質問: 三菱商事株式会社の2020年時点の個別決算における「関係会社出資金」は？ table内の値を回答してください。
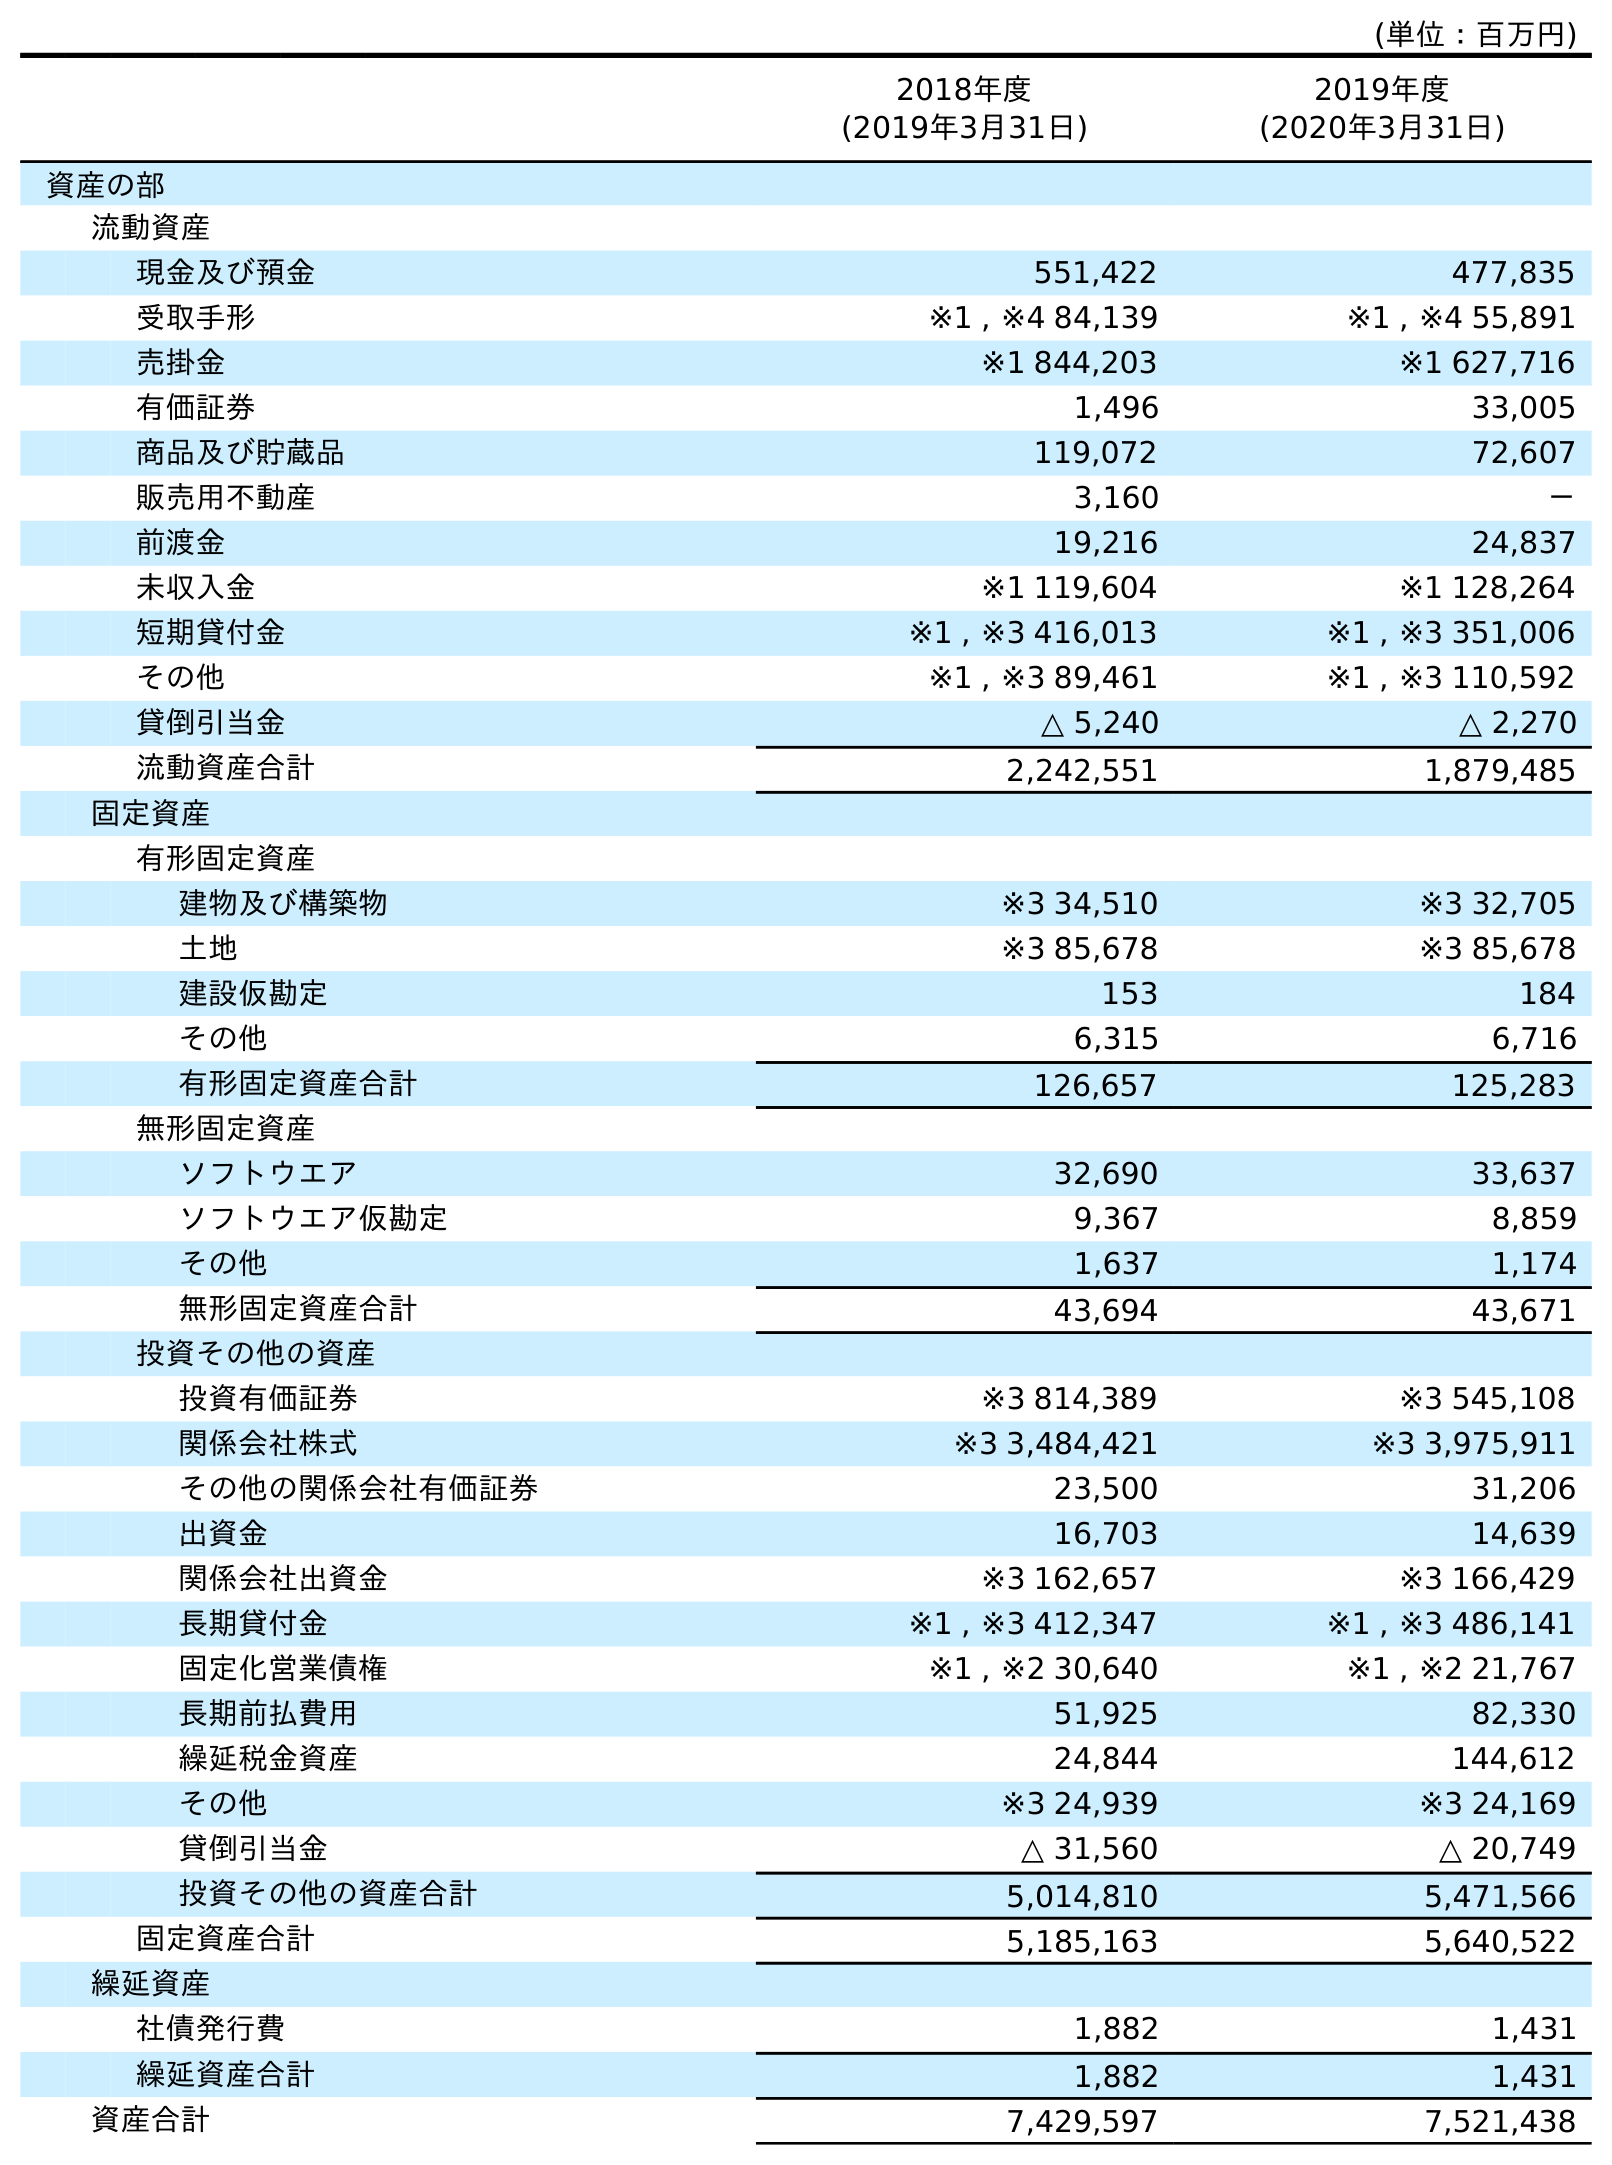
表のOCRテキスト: (単位：百万円) 2018年度 (2019年3月31日) 2019年度 (2020年3月31日) 資産の部 流動資産 現金及び預金 551,422 477,835 受取手形 ※1 , ※4 84,139 ※1 , ※4 55,891 売掛金 ※1 844,203 ※1 627,716 有価証券 1,496 33,005 商品及び貯蔵品 119,072 72,607 販売用不動産 3,160 － 前渡金 19,216 24,837 未収入金 ※1 119,604 ※1 128,264 短期貸付金 ※1 , ※3 416,013 ※1 , ※3 351,006 その他 ※1 , ※3 89,461 ※1 , ※3 110,592 貸倒引当金 △ 5,240 △ 2,270 流動資産合計 2,242,551 1,879,485 固定資産 有形固定資産 建物及び構築物 ※3 34,510 ※3 32,705 土地 ※3 85,678 ※3 85,678 建設仮勘定 153 184 その他 6,315 6,716 有形固定資産合計 126,657 125,283 無形固定資産 ソフトウエア 32,690 33,637 ソフトウエア仮勘定 9,367 8,859 その他 1,637 1,174 無形固定資産合計 43,694 43,671 投資その他の資産 投資有価証券 ※3 814,389 ※3 545,108 関係会社株式 ※3 3,484,421 ※3 3,975,911 その他の関係会社有価証券 23,500 31,206 出資金 16,703 14,639 関係会社出資金 ※3 162,657 ※3 166,429 長期貸付金 ※1 , ※3 412,347 ※1 , ※3 486,141 固定化営業債権 ※1 , ※2 30,640 ※1 , ※2 21,767 長期前払費用 51,925 82,330 繰延税金資産 24,844 144,612 その他 ※3 24,939 ※3 24,169 貸倒引当金 △ 31,560 △ 20,749 投資その他の資産合計 5,014,810 5,471,566 固定資産合計 5,185,163 5,640,522 繰延資産 社債発行費 1,882 1,431 繰延資産合計 1,882 1,431 資産合計 7,429,597 7,521,438
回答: ※3166,429